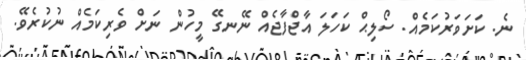
ނެ. ކަށަވަރުކަމެއް. ސޯލިޙް ކަހަލަ އާޖްފާޖެއް ނޭނގޭ މީހުން ނަށް ވެރިކަމެއް ނުކުރެވޭ.